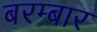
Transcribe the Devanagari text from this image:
बरम्बार